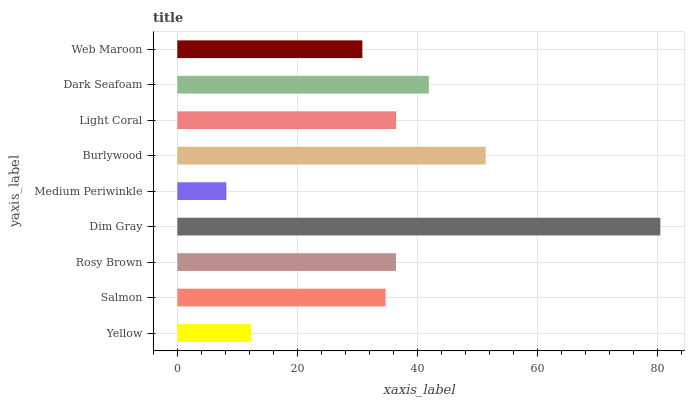
| yaxis_label | bars |
 | --- | --- |
 | Yellow | 12.3 |
 | Salmon | 34.7 |
 | Rosy Brown | 36.4 |
 | Dim Gray | 80.5 |
 | Medium Periwinkle | 8.17 |
 | Burlywood | 51.4 |
 | Light Coral | 36.4 |
 | Dark Seafoam | 41.9 |
 | Web Maroon | 30.8 |